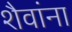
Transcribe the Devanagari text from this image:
शैवांना